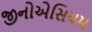
જીનોએસિયમ